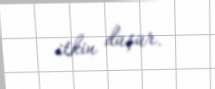
itkin düşür.